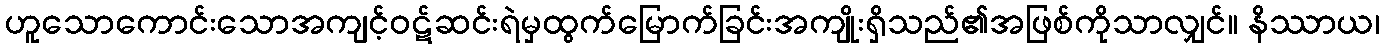
ဟူသောကောင်းသောအကျင့်ဝဋ်ဆင်းရဲမှထွက်မြောက်ခြင်းအကျိုးရှိသည်၏အဖြစ်ကိုသာလျှင်။ နိဿာယ၊